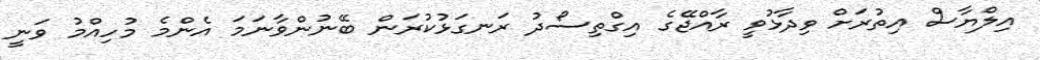
އިލްޔާސް އިތުރަށް ވިދާޅުވީ ރާއްޖޭގެ އިގްތިސޯދު ރަނގަޅުކުރަން ބޭނުންވާނަމަ އެންމެ މުހިއްމު ވަނީ